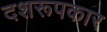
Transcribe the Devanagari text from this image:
दशरूपकार